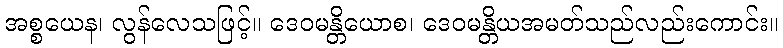
အစ္စယေန၊ လွန်လေသဖြင့်။ ဒေဝမန္တိယောစ၊ ဒေဝမန္တိယအမတ်သည်လည်းကောင်း။